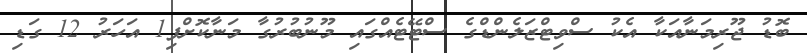
ބޮޑު ޖޫރިމަނާއަކާ އެކު ސްވިޓްޒަލެންޑްގެ ސްޓޭޓެއްގައި މޫނުބުރުގާ މަނާކޮށްފި1 އަހަރު 12 ގަޑި